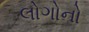
લોગોનો